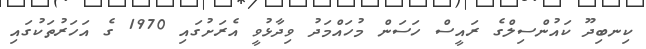
ކިނބިދޫ ކައުންސިލްގެ ރައީސް ހަސަން މުހައްމަދު ވިދާޅުވީ އެރަށުގައި 1970 ގެ އަހަރުތަކުގައި